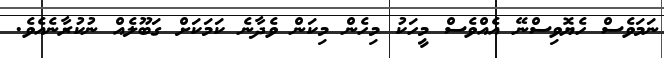
ނަމަވެސް ހެޔޮވިސްނޭ އެއްވެސް މީހަކު މިހެން މިކަން ވެދާނެ ކަމަކަށް ގަބޫލެއް ނުކުރާނެއެވެ.